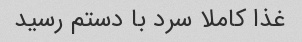
غذا کاملا سرد با دستم رسید